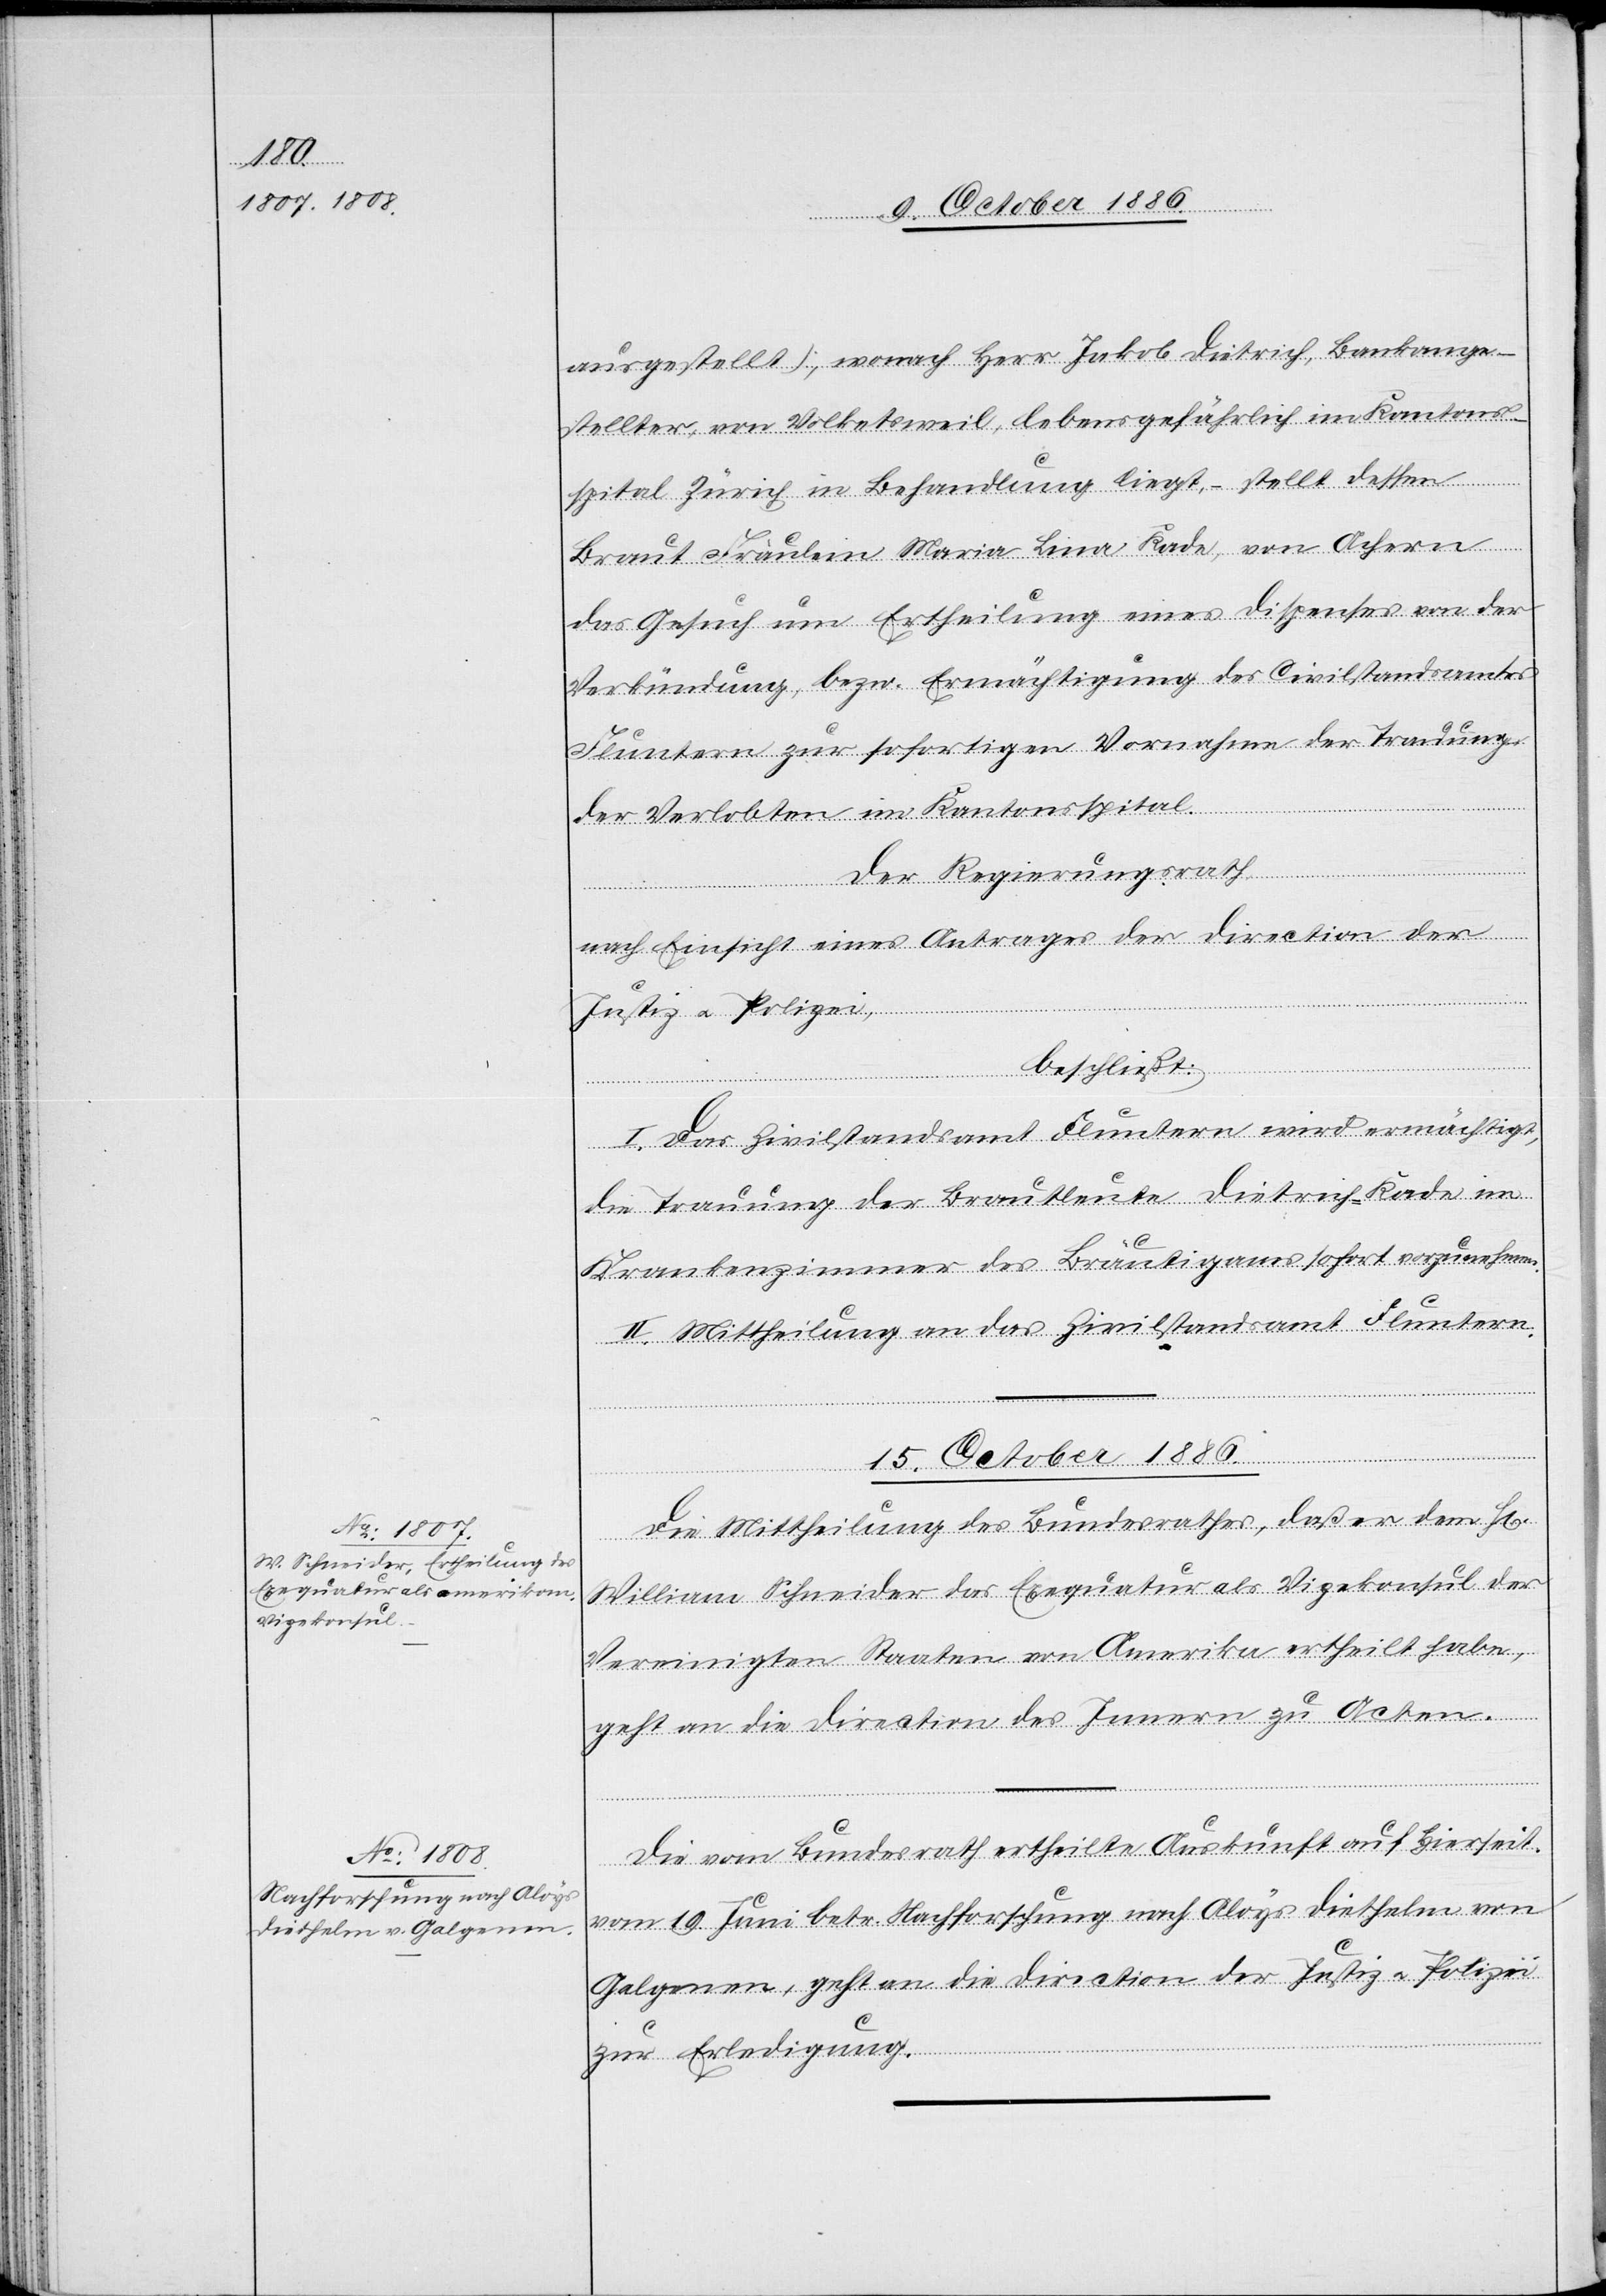
ausgestellt), wonach Herr Jakob Dietrich, Bankange¬
stellter, von Volketsweil, lebensgefährlich im Kantons¬
spital Zürich in Behandlung liegt, – stellt dessen
Braut Fräulein Maria Lina Kade, von Achern
das Gesuch um Ertheilung eines Dispenses von der
Verkündung, bezw. Ermächtigung des Civilstandsamtes
Fluntern zur sofortigen Vornahme der Trauung
der Verlobten im Kantonsspital.
Der Regierungsrath,
nach Einsicht eines Antrages der Direction der
Justiz & Polizei,
beschließt:
I. Das Zivilstandsamt Fluntern wird ermächtigt,
die Trauung der Brautleute Dietrich-Kade im
Krankenzimmer des Bräutigams sofort vorzunehmen.
II. Mittheilung an das Zivilstandsamt Fluntern.
15. October 1886.]
Die Mittheilung des Bundesrathes, daß er dem H[e¬
William Schneider das Exequatur als Vizekonsul der
Vereinigten Staaten von Amerika ertheilt habe,
geht an die Direction des Innern zu Acten.
rrn]
Die vom Bundesrath ertheilte Auskunft auf Hierseit.
vom 19. Juni betr. Nachforschung nach Aloys Diethelm von
Galgenen, geht an die Direction der Justiz & Polizei
zur Erledigung.